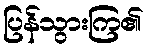
ပြန်သွားကြ၏